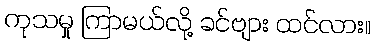
ကုသမှု ကြာမယ်လို့ ခင်ဗျား ထင်လား။